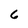
Character: 6